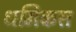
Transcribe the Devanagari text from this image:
धमिकस